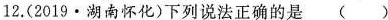
12.(2019·湖南怀化)下列说法正确的是()